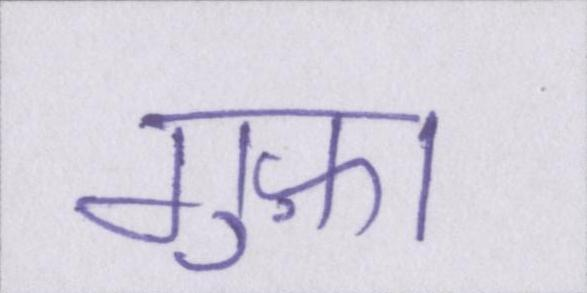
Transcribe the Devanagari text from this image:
गुफ़ा